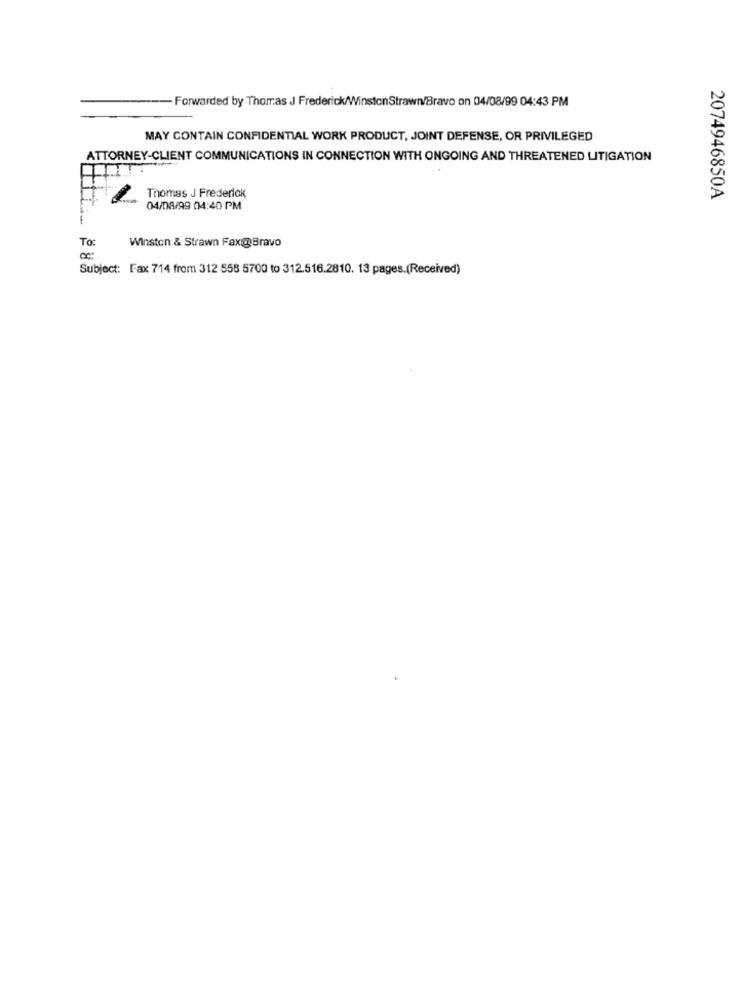
- Forwarded by Thomas J Frederick/WinstonStrawn/Bravo on 04/08/99 04:43 PM
MAY CONTAIN CONFIDENTIAL WORK PRODUCT, JOINT DEFENSE, OR PRIVILEGED
ATTORNEY-CLIENT COMMUNICATIONS IN CONNECTION WITH ONGOING AND THREATENED LITIGATION
Thomas J Frederick
2074946850A
04/08/99 04:40 PM
To:
Winston & Strawn Fax@ Bravo
Subject: Fax 714 from 312 558 5700 to 312.516.2810. 13 pages.(Received)